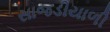
સાજડીયાળી